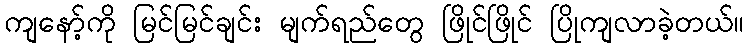
ကျနော့်ကို မြင်မြင်ချင်း မျက်ရည်တွေ ဖြိုင်ဖြိုင် ပြိုကျလာခဲ့တယ်။